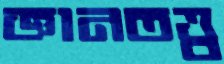
জ্ঞানতত্ত্ব